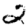
Digit: 2